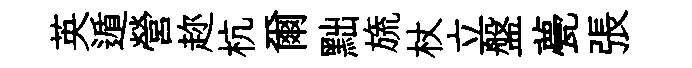
英遁營趂杭爾黜旒杖立盤甍張